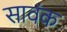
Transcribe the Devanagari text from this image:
सावंक